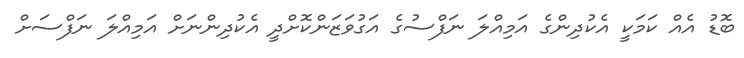
ބޮޑު އެއް ކަމަކީ އެކުދިންގެ އަމިއްލަ ނަފްސުގެ އަގުވަޒަންކޮށްދީ އެކުދިންނަށް އަމިއްލަ ނަފްސަށް